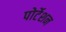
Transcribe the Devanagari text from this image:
पोर्टेशन